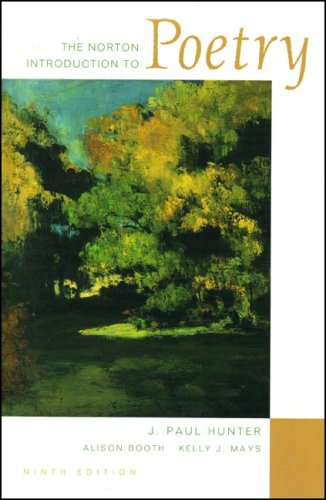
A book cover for The Norton Introduction to Poetry; Literature & Fiction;